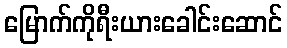
မြောက်ကိုရီးယားခေါင်းဆောင်